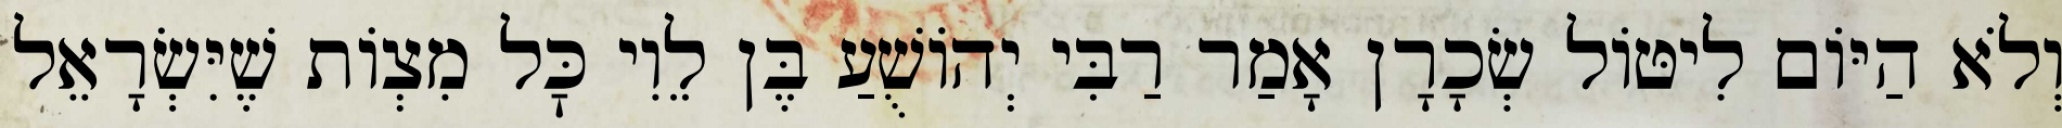
וְלֹא הַיּוֹם לִיטּוֹל שְׂכָרָן אָמַר רַבִּי יְהוֹשֻׁעַ בֶּן לֵוִי כׇּל מִצְוֹת שֶׁיִּשְׂרָאֵל